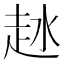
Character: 𧺵